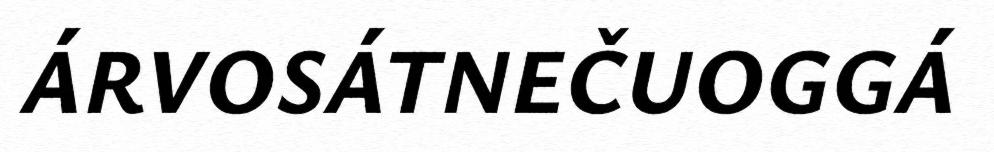
ÁRVOSÁTNEČUOGGÁ